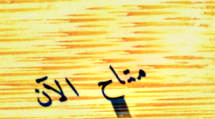
متاح الآن